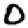
Digit: 0